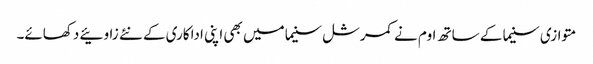
متوازی سنیما کے ساتھ اوم نے کمرشل سنیما میں بھی اپنی اداکاری کے نئے زاوئیے دکھائے۔